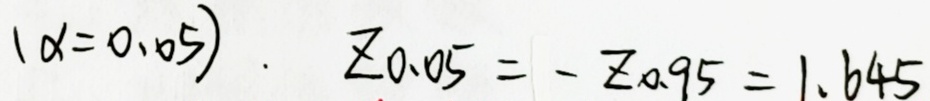
\((\alpha = 0.05)\)。\(Z_{0.05}=-Z_{0.95}=1.645\)